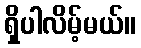
ရှိပါလိမ့်မယ်။